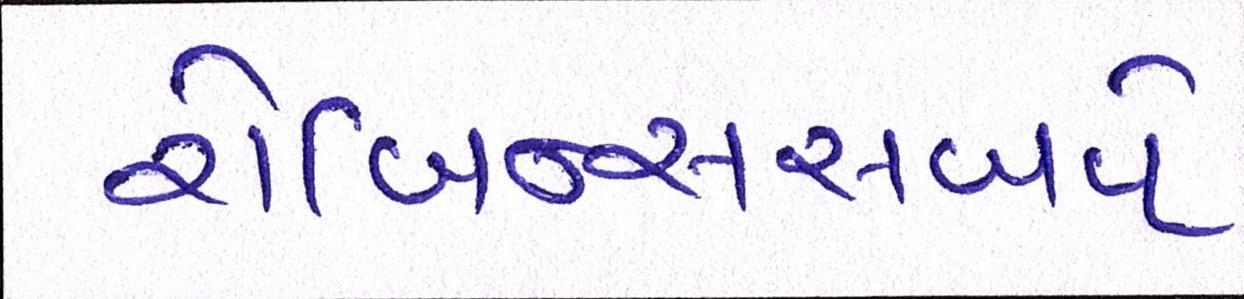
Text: રોબિન્સસબવે